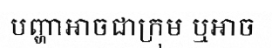
បញ្ហាអាចជាក្រុម ឬអាច